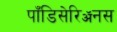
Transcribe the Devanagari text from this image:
पाँडिसेरिॲनस